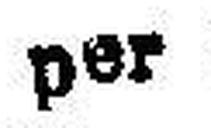
per Stück